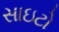
સાઇટો